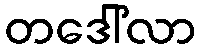
တဒေါ်လာ